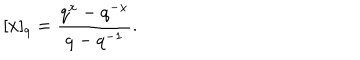
LaTeX: [ x ] _ { q } = \frac { q ^ { x } - q ^ { - x } } { q - q ^ { - 1 } } .